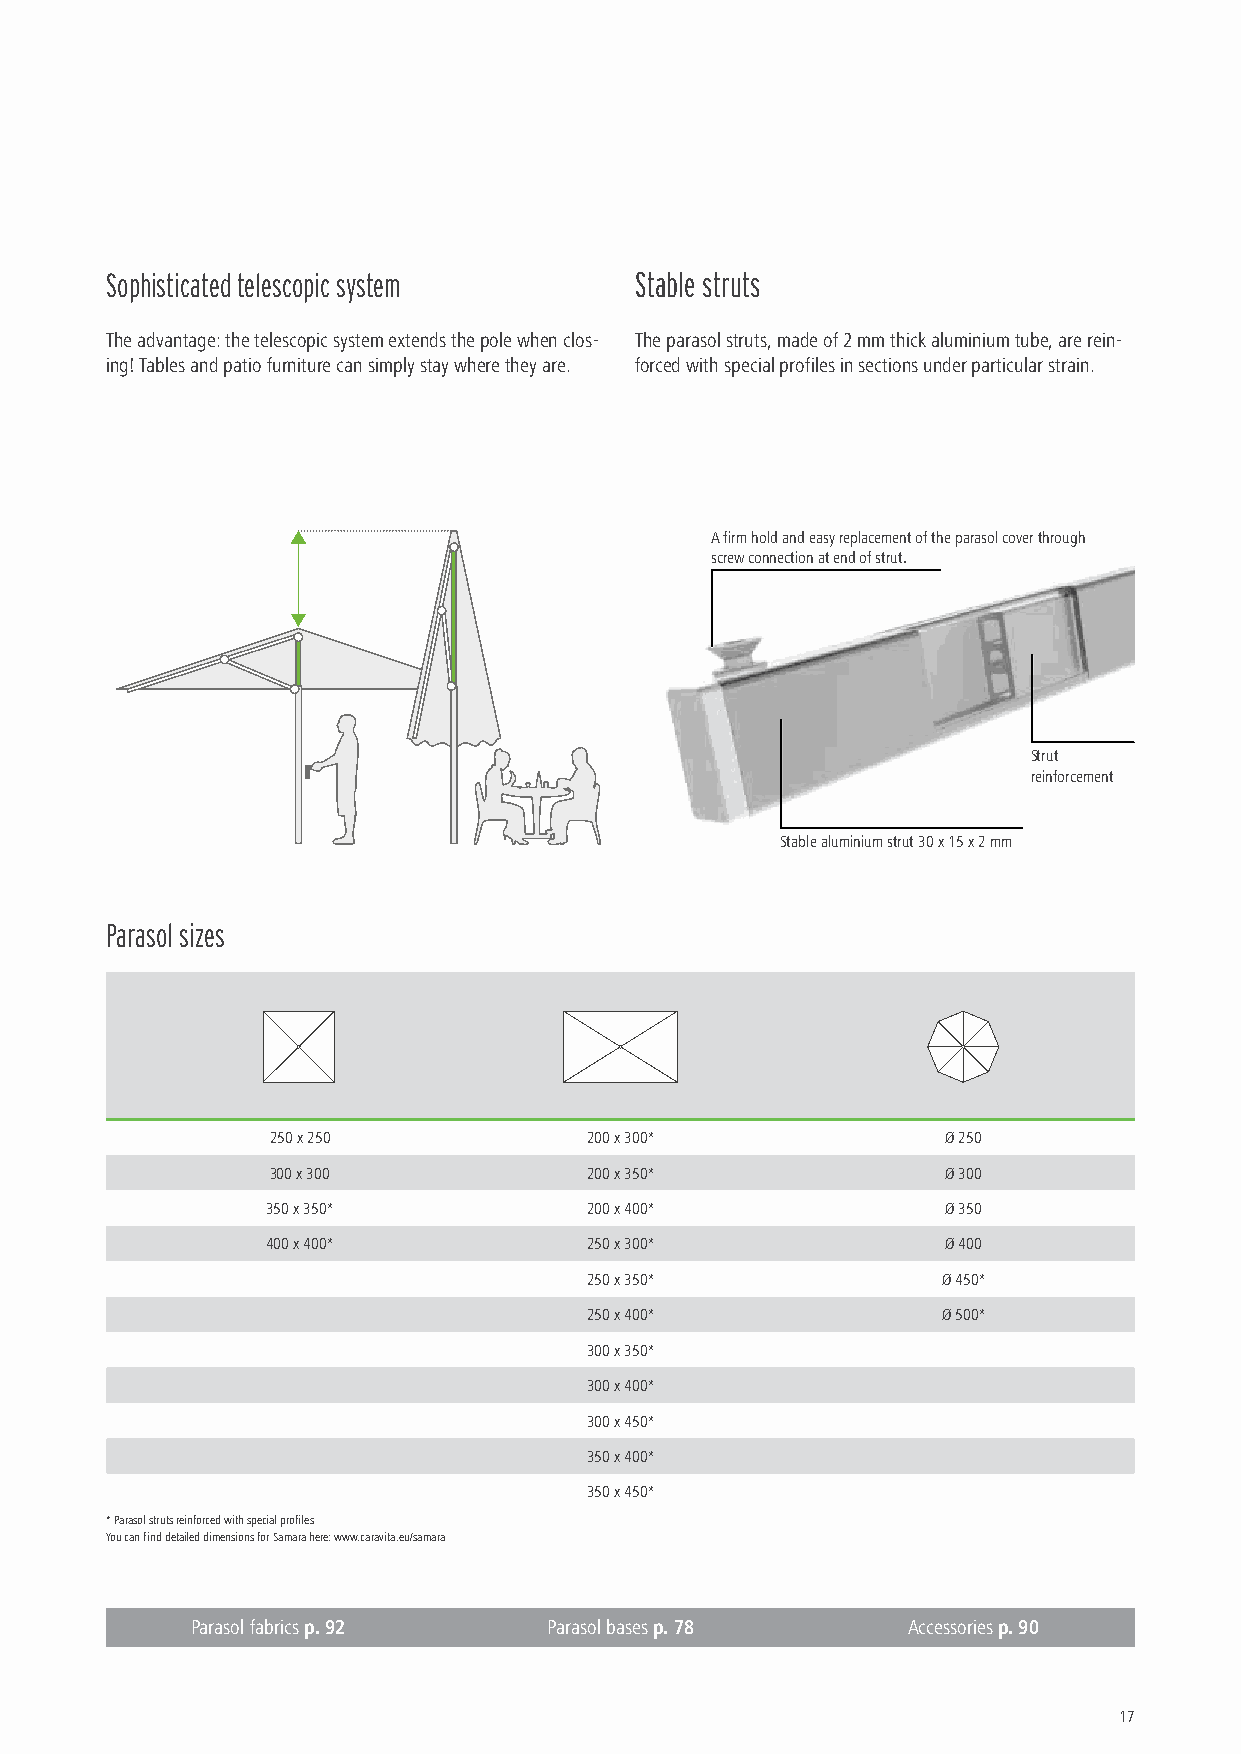
Sophisticated telescopic system    Stable struts
 The advantage: the telescopic system extends the pole when clos- The parasol struts, made of 2 mm thick aluminium tube, are rein-
 ing! Tables and patio furniture can simply stay where they are. forced with special profiles in sections under particular strain.
 A firm hold and easy replacement of the parasol cover through
 screw connection at end of strut.
 Strut
 reinforcement
 Stable aluminium strut 30 x 15 x 2 mm
 Parasol sizes
 250 x 250            200 x 300*              Ø 250
 300 x 300            200 x 350*              Ø 300
 350 x 350*           200 x 400*              Ø 350
 400 x 400*           250 x 300*              Ø 400
 250 x 350*             Ø 450*
 250 x 400*             Ø 500*
 300 x 350*
 300 x 400*
 300 x 450*
 350 x 400*
 350 x 450*
 * Parasol struts reinforced with special profiles
 You can find detailed dimensions for Samara here: www.caravita.eu/samara
 Parasol fabrics p. 92  Parasol bases p. 78     Accessories p. 90
 17